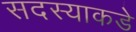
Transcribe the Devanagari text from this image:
सदस्याकडे